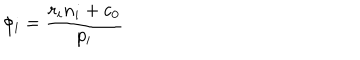
\phi _ { i } = \frac { r _ { i } n _ { i } + c _ { 0 } } { p _ { i } }